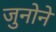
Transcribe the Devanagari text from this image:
जुनोने